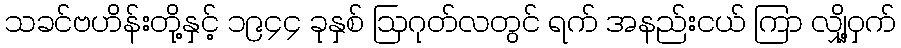
သခင်ဗဟိန်းတို့နှင့် ၁၉၄၄ ခုနှစ် ဩဂုတ်လတွင် ရက် အနည်းငယ် ကြာ လျှို့ဝှက်